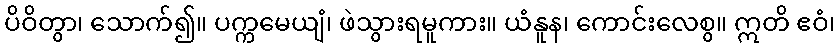
ပိဝိတွာ၊ သောက်၍။ ပက္ကမေယျံ၊ ဖဲသွားရမူကား။ ယံနူန၊ ကောင်းလေစွ။ ဣတိ ဧဝံ၊